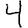
Digit: 4